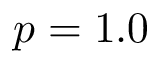
p = 1 . 0